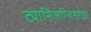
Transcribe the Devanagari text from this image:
ट्यासिलग्लिसराइड